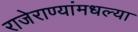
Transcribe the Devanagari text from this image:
राजेराण्यांमधल्या